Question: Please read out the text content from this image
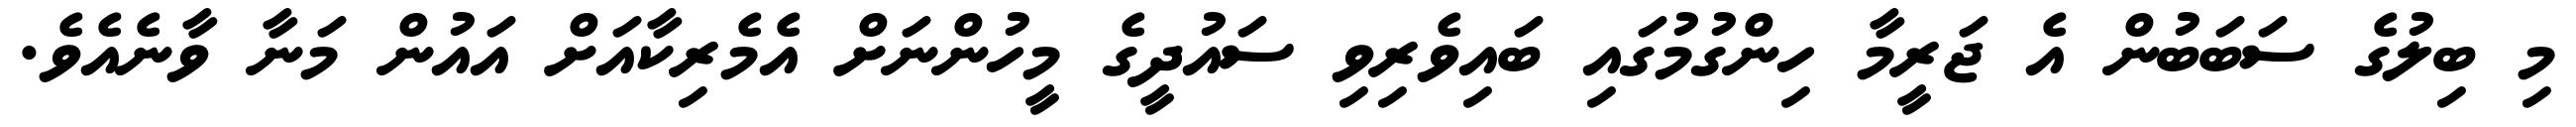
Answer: މި ބިލުގެ ސަބަބުން އެ ޖަރީމާ ހިންގުމުގައި ބައިވެރިވި ސައުދީގެ މީހުންނަށް އެމެރިކާއަށް އައުން މަނާ ވާނެއެވެ.